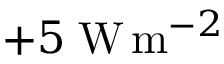
+ 5 \; \mathrm { W } \, \mathrm { m } ^ { - 2 }